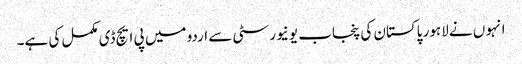
انہو ں نے لاہور پاکستان کی پنجاب یونیورسٹی سے اردو میں پی ایچ ڈی مکمل کی ہے۔